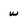
Character: w